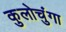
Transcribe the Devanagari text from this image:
कुलोचुंगा